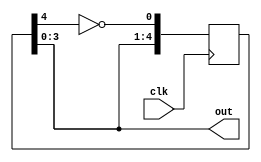
module JohnsonCounter (
    input wire clk,
    output reg [3:0] out
);

reg [4:0] tmp;

always @(posedge clk) begin
    tmp <= {tmp[3:0], ~tmp[4]};
end

assign out = tmp[3:0];

endmodule